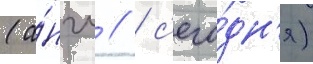
(а́нгл // / с'его́дн'я)